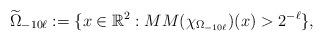
LaTeX: \begin{align*} \widetilde{\Omega}_{-10\ell}:=\{x\in\mathbb{R}^{2}:MM(\chi_{\Omega_{-10\ell}})(x)>2^{-\ell}\},\end{align*}